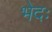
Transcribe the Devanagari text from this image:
भेदः